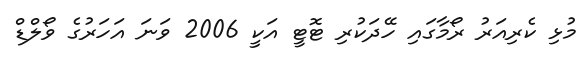
މުޅި ކެރިއަރު ރޯމާގައި ހޭދަކުރި ޓޮޓީ އަކީ 2006 ވަނަ އަހަރުގެ ވޯލްޑް